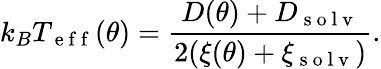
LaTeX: k_{B}T_{\mathrm{~e~f~f~}}(\theta)=\frac{D(\theta)+D_{\mathrm{~s~o~l~v~}}}{2(\xi(\theta)+\xi_{\mathrm{~s~o~l~v~}})}.